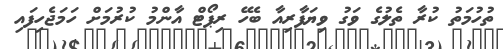
ތުހުމަތު ކުރާ ތެލުގެ ވަގު ވިޔަފާރިއާ ބެހޭ ރިޕޯޓް އާންމު ކުރުމަށް ހަމަޖެހިފައި